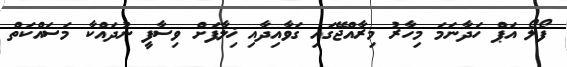
ފޯލޯ އަޕް ހަދާނަަމަ މިހާރު މިރާއްޖޭގައި ގަވާއިދާއި ޚިލާފަށް ވިސާފީ ނުދައްކާ މަސައްކަތް